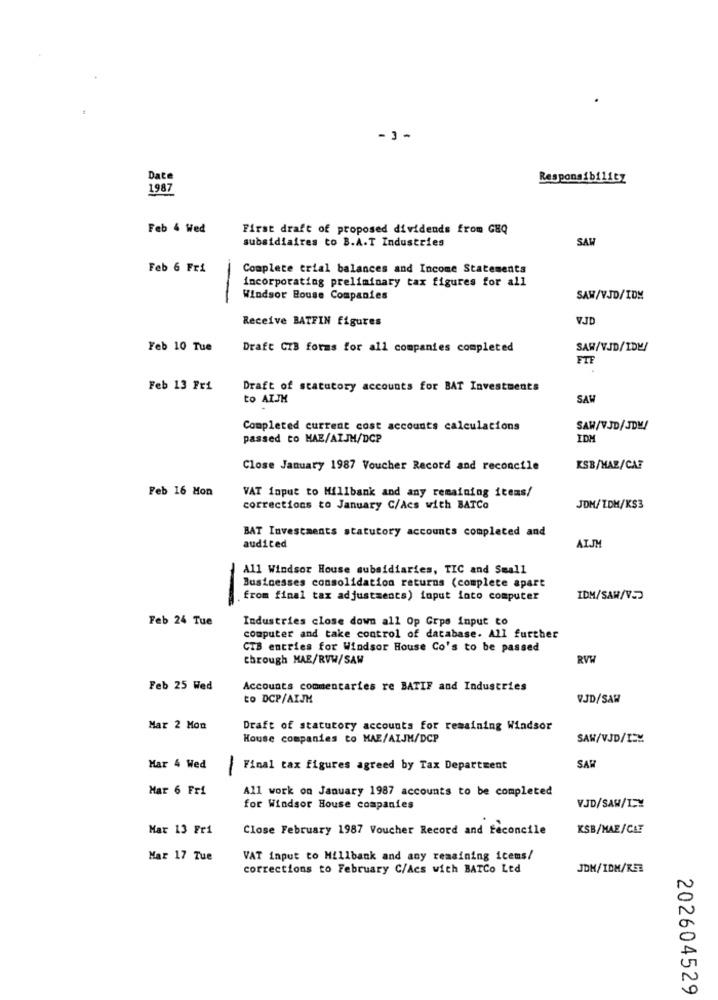
- 3-
Date
Responsibility
1987
907
Feb 4 Wed
First draft of proposed dividends from GHQ
SAW
subsidiaires to B.A.T Industries
Feb 6 Fri
Complete trial balances and Income Statements
incorporating preliminary tax figures for all
Windsor Bouse Companies
SAW/VJD/IDM
Receive BATFIN figures
VID
Feb 10 Tue
Draft CIB forms for all companies completed
SAW/VJD/IDM/
FTF
Feb 13 Fri
Draft of statutory accounts for BAT Investments
to ATJH
SAW
Completed current cost accounts calculations
SAW/V.JD/JDM/
passed to HAE/AIJH/DCP
IDM
Close January 1987 Voucher Record and reconcile
KSB/MAR/CA?
Feb 16 Mon
VAT input to Millbank and any remaining items/
corrections to January C/Acs with BATCo
JDM/ZDM/KS3
BAT Investments statutory accounts completed and
audited
AIJM
All Windsor House subsidiaries, TIC and Small
Businesses consolidation returns (complete apart
from final tax adjustments) input into computer
IDM/SAW/V.D
-
Feb 24 Tue
Industries close down all Op Grps input to
computer and take control of database. All further
CTB entries for Windsor House Co's to be passed
through MAE/RVW/SAW
RVW
Feb 25 Wed
Accounts commentaries re BATIF and Industries
to DCP/AIJK
VJD/SAW
Mar 2 Mon
Draft of statutory accounts for remaining Windsor
House companies to MAE/AIJH/DCP
SAW/VJD/IM
Har 4 Wed
Final tax figures agreed by Tax Department
-
SAR
Mar 6 Fri
All work on January 1987 accounts to be completed
for Windsor House companies
VJD/SAW/LEY
Mar 13 Fri
Close February 1987 Voucher Record and feconcile
KSB/MAE/CAF
Mar 17 Tue
VAT input to Millbank and any remaining iceus/
corrections to February C/Acs with BATCo Ltd
JDM/IDM/KEE
202604529